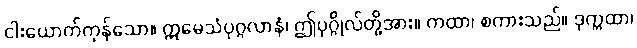
ငါးယောက်ကုန်သော။ ဣမေသံပုဂ္ဂလာနံ၊ ဤပုဂ္ဂိုလ်တို့အား။ ကထာ၊ စကားသည်။ ဒုက္ကထာ၊